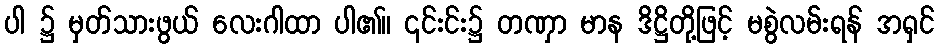
ပါ ၌ မှတ်သားဖွယ် လေးဂါထာ ပါ၏။ ၎င်းင်း၌ တဏှာ မာန ဒိဋ္ဌိတို့ဖြင့် မစွဲလမ်းရန် အရှင်